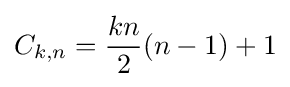
C_{k,n}={\frac {kn}{2}}(n-1)+1